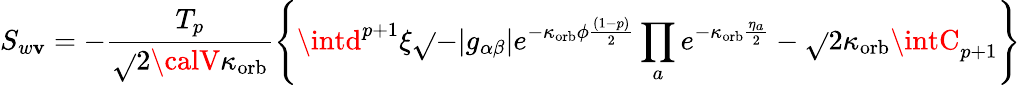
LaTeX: S_{w\mathbf{v}}=-\frac{{T_{p}}}{{\sqrt{}{{2{\calV}}}\kappa_{\mathrm{{orb}}}}}\left\{ \intd^{p+1}\xi\sqrt{}{{-|g_{\alpha\beta}|}}e^{-\kappa_{\mathrm{{orb}}}\phi\frac{{(1-p)}}{{2}}}\prod_{a}e^{-\kappa_{\mathrm{{orb}}}\frac{{\eta_{a}}}{{2}}}-\sqrt{}{{2}}\kappa_{\mathrm{{orb}}}\intC_{p+1}\right\}